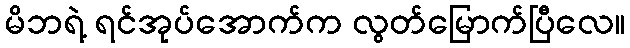
မိဘရဲ့ ရင်အုပ်အောက်က လွတ်မြောက်ပြီလေ။